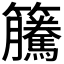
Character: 𥸎